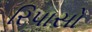
રિપાસો